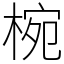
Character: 椀